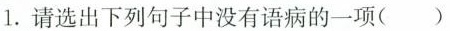
1.请选出下列句子中没有语病的一项（）